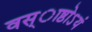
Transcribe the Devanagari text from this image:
वस्ाष्ठोऽयं